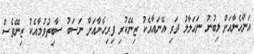
އަންހެނާއަށް ލިބުނު ނަހަލާލު ދަރި އޭނައާއެކު ޒިނޭކުރި ފިރިހެނާއަށް ނަސަބު ސާބިތުވުމާއެކު ޒިނޭވެސް